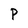
Character: P